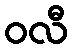
ဝလီ